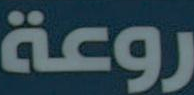
روعة